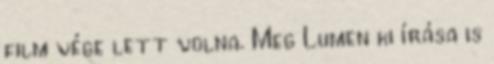
film vége lett volna. Meg Lumen ki írása is